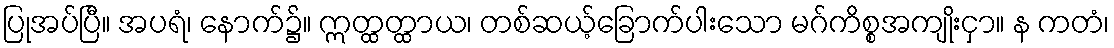
ပြုအပ်ပြီ။ အပရံ၊ နောက်၌။ ဣတ္ထတ္ထာယ၊ တစ်ဆယ့်ခြောက်ပါးသော မဂ်ကိစ္စအကျိုးငှာ။ န ကတံ၊